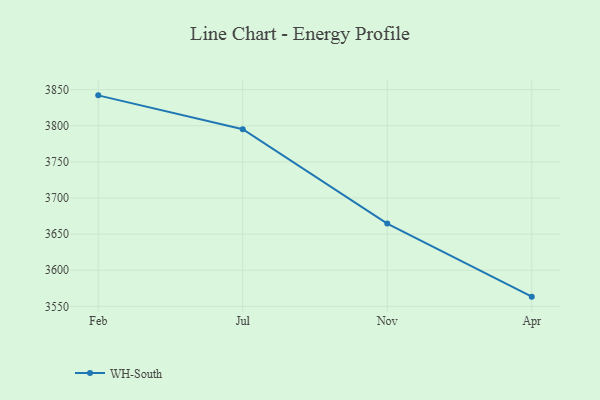
{"axis": {"x": "Month", "y": "Production Output"}, "legend": ["WH-South"], "data": [{"x": "Feb", "y": 3842.1, "type": "WH-South"}, {"x": "Jul", "y": 3795.2, "type": "WH-South"}, {"x": "Nov", "y": 3664.6, "type": "WH-South"}, {"x": "Apr", "y": 3563.4, "type": "WH-South"}]}